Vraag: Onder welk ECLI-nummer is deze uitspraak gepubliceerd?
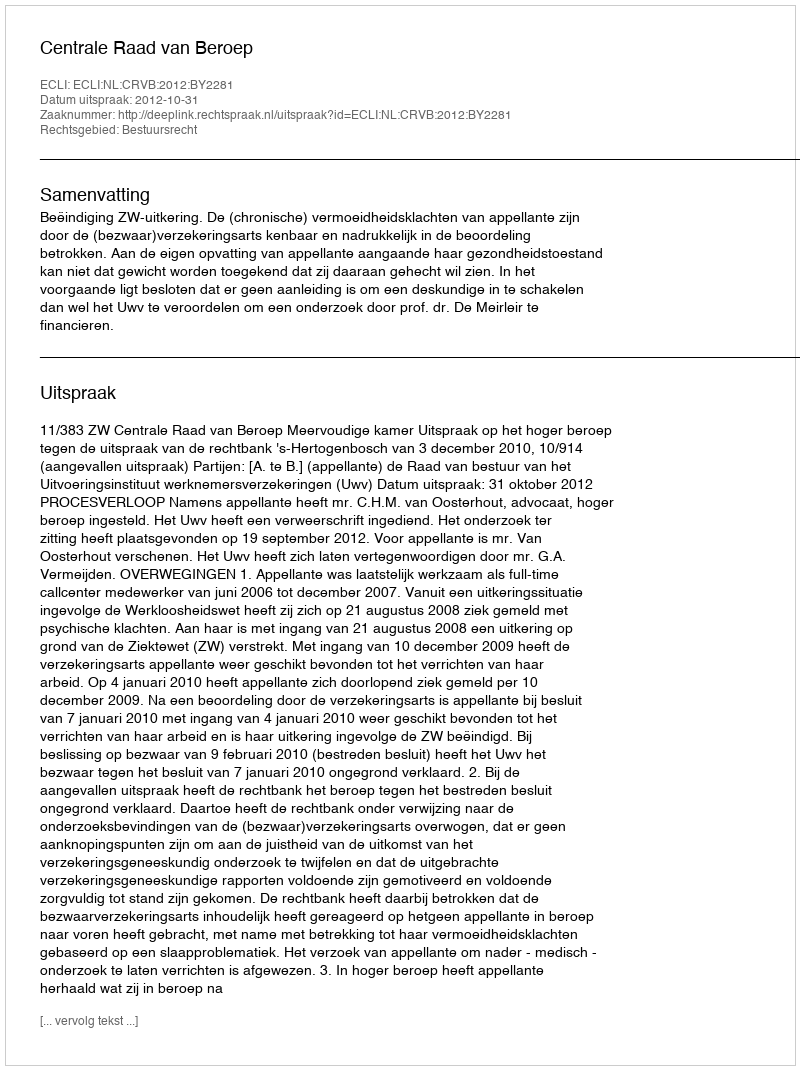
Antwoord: ECLI:NL:CRVB:2012:BY2281